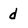
Character: d